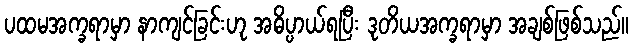
ပထမအက္ခရာမှာ နာကျင်ခြင်းဟု အဓိပ္ပာယ်ရပြီး ဒုတိယအက္ခရာမှာ အချစ်ဖြစ်သည်။